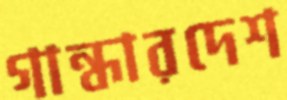
গান্ধারদেশ